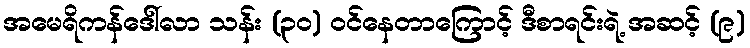
အမေရိကန်ဒေါ်လာ သန်း (၃၀) ဝင်နေတာကြောင့် ဒီစာရင်းရဲ့ အဆင့် (၉)